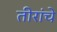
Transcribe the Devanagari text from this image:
तीरांचे